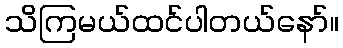
သိကြမယ်ထင်ပါတယ်နော်။